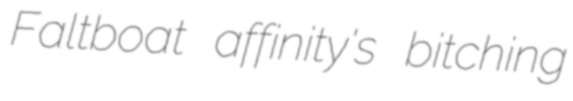
Faltboat affinity's bitching